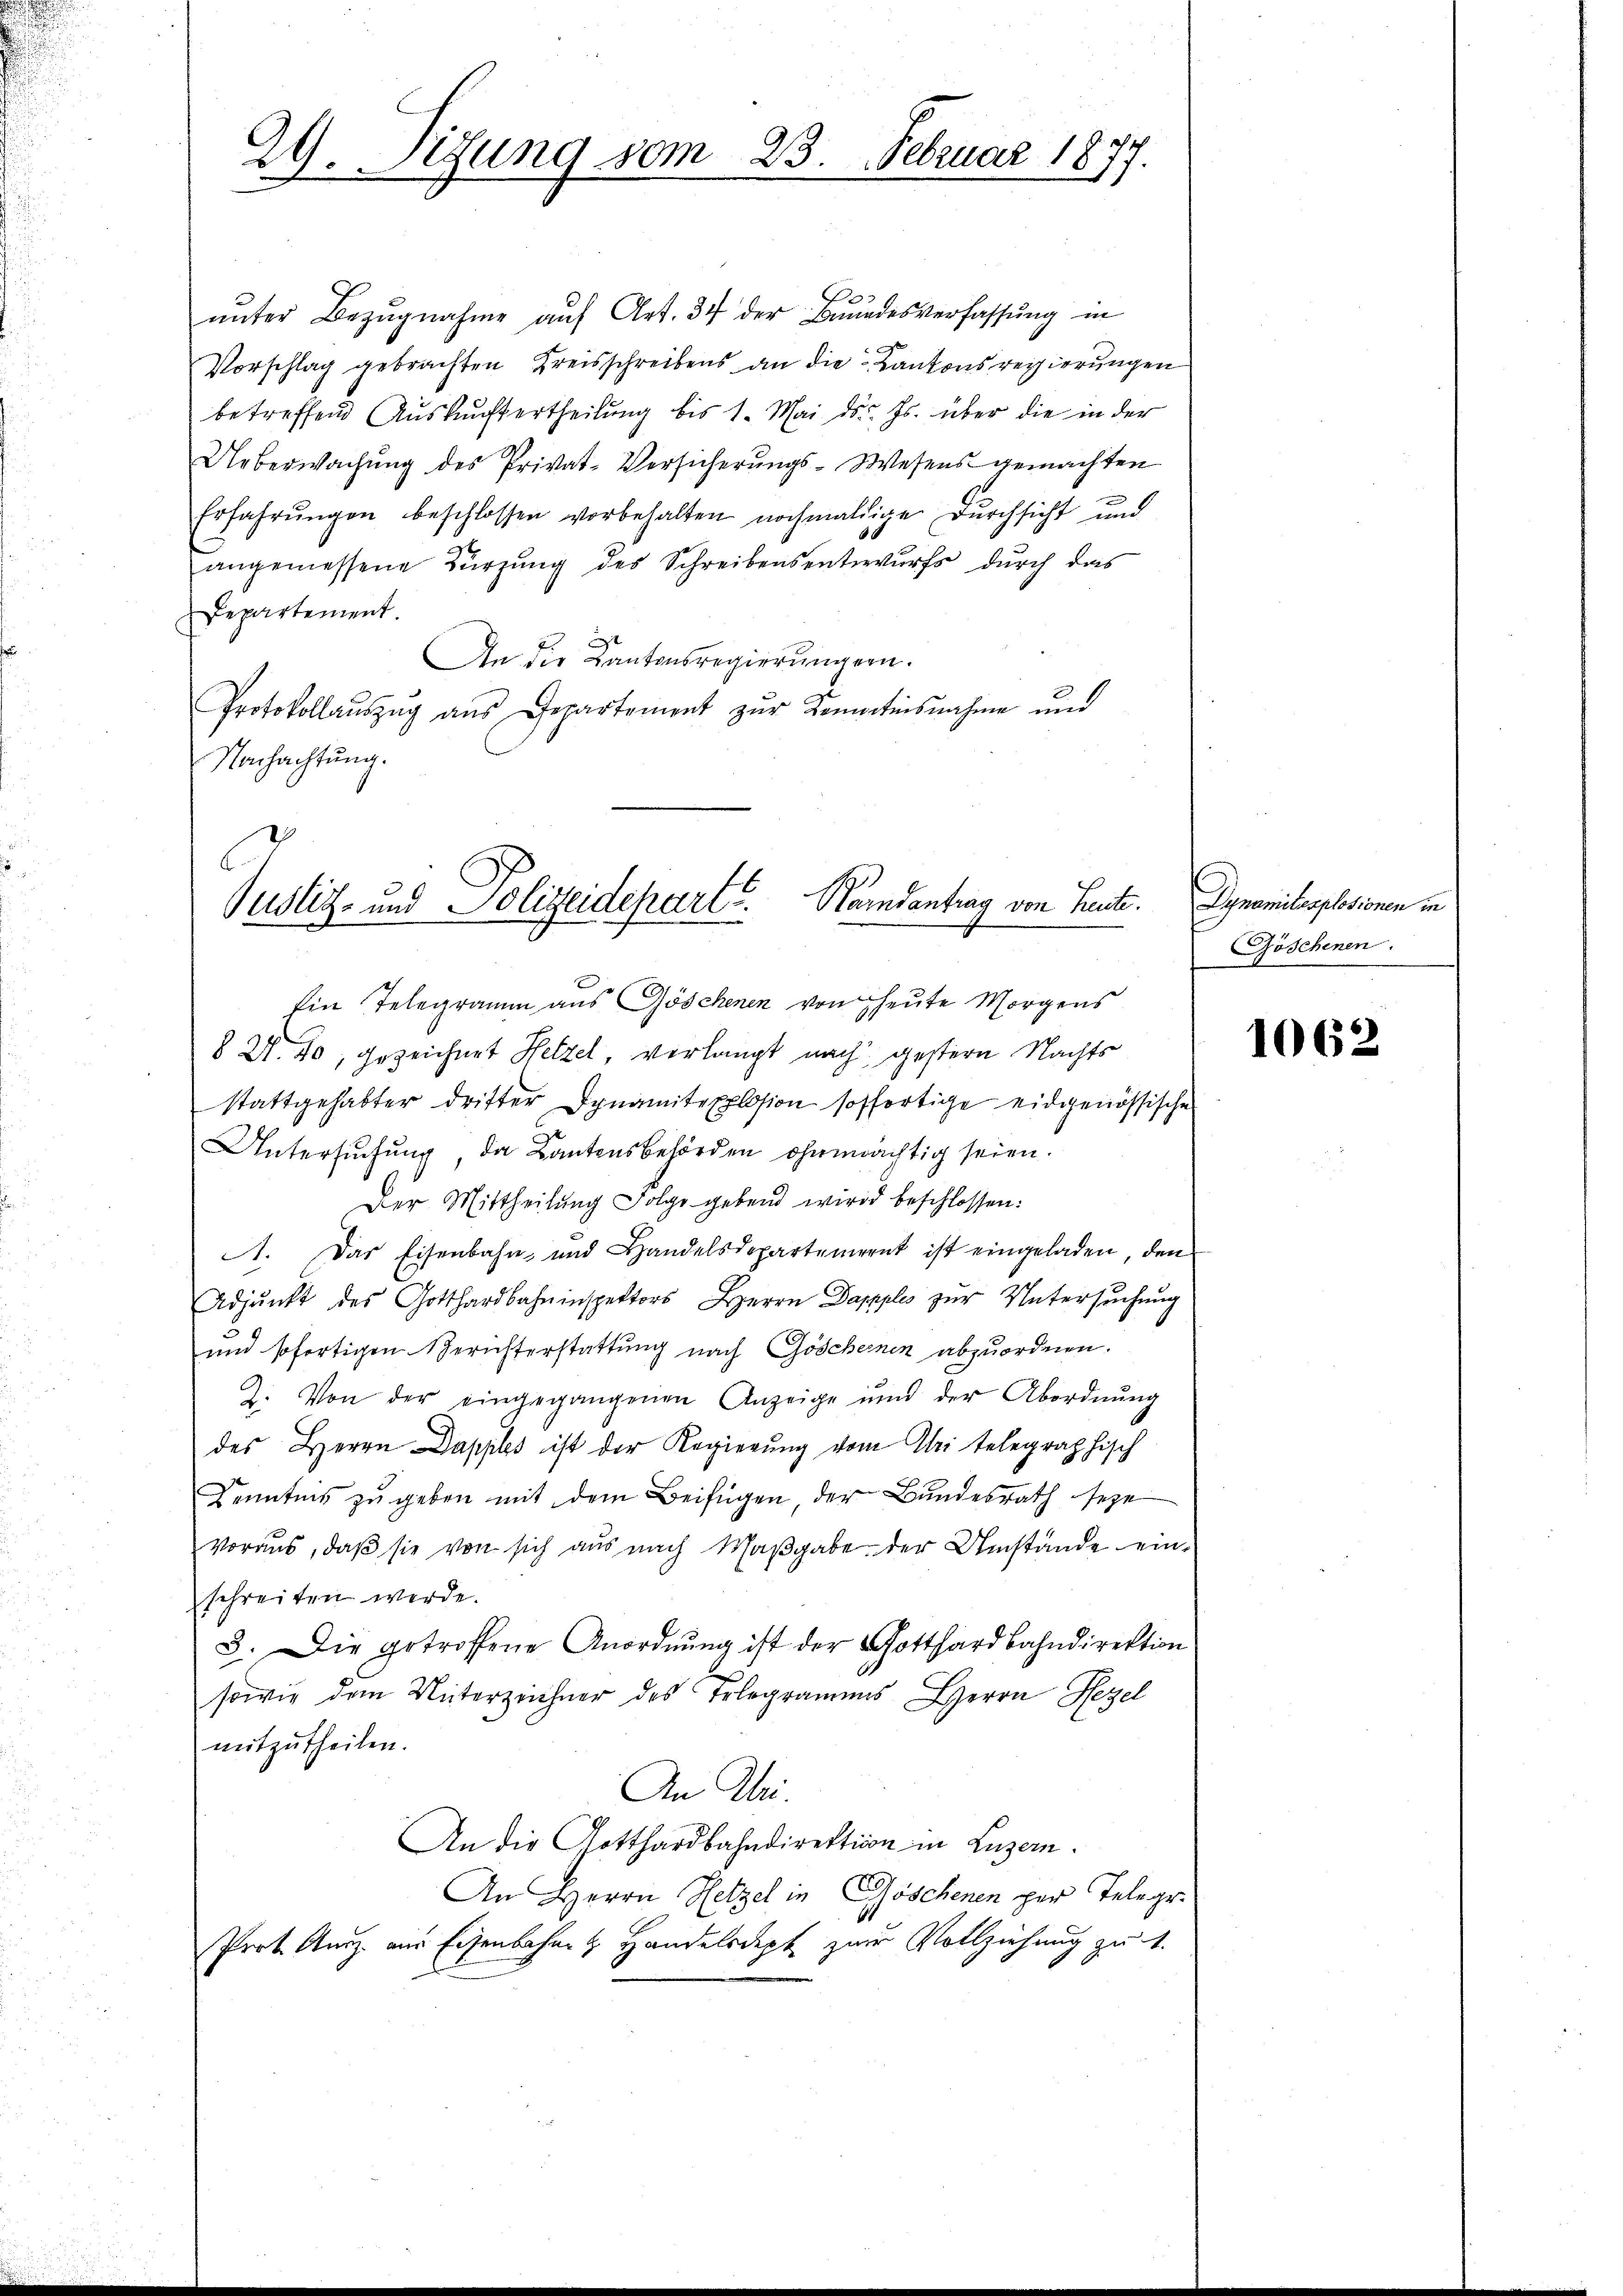
29. Sizung vom 23. Februar 1877.

.
unter Bezugnahme auf Art. 34 der Bundesverfassung in
Vorschlag gebrachten Kreisschreibens an die Kantonsregierungen
betreffend Auskunftertheilung bis 1. Mai d. Js. über die in der
Ueberwachung des Privat-Versicherungs-Wesens gemachten
Erfahrŭngen beschlossen vorbehalten nochmaldige Durchsicht und
angemessene Bürgŭng des Schreibensentwurfs dŭrch das
Departement.
An die Kantonsregierungen.
Protokollaŭszŭg aŭs Departement zŭr Kenntnisnahme und
Nachachtung.
Ein Telegramm aus Göschenen von heute Morgens
62. 80, gezeichnet Hetzel, verlangt nach gestern Nachts
stattgehabter dritter Dynamitexplosion hoffertige eidgenössischen
Untersuchung, da Bantensbehörden ohnmächtig seien.
Der Mittheilŭng Folge gebend wird beschlossen:
A. Das Eisenbahn und Handelsdepartement ist eingeladen, den
Adjunkt des Gotthardbahninspektors Herrn Dopples zur Untersuchung
und sofortigen Berichterstattung nach Göschenen abzuordnen.
2. Von der eingegangenen Anzeige und der Abordnŭng
des Herrn Dapples ist der Regierŭng vom bei telegraphisch
Kenntnis zu geben mit dem Beifügen, der Bundesrath seye
voraus, daβ sie von sich aus nach Maβgabe der Umstände einschreiten werde.
3. Die getroffene Anordnung ist der Gotthardbahndirektion
sowie dem Unterzeichner des Telegramms Herrn Bezel
mitzŭtheilen.
An Uri.
An die Gotthardbahndirektion in Luzern.
An Herrn Hetzel in Göschenen per Telegr.
Prot. Ausz aus Eisenbahnen Handelsdept zur Vollziehung zu 1.

6
Justiz- und Polizeidepart. Bandantrag von Heute. Dynamilesplosionen in

Göschenen.

1062